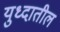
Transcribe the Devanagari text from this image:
युध्दातील